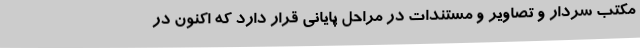
مکتب سردار و تصاویر و مستندات در مراحل پایانی قرار دارد که اکنون در